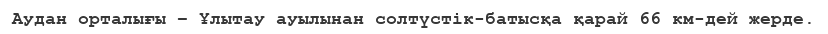
Аудан орталығы – Ұлытау ауылынан солтүстік-батысқа қарай 66 км-дей жерде.